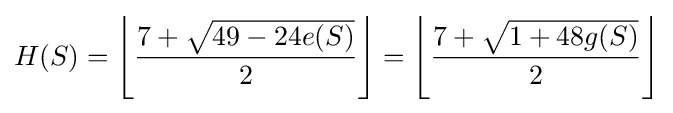
H(S)=\left\lfloor {\frac {7+{\sqrt {49-24e(S)}}}{2}}\right\rfloor =\left\lfloor {\frac {7+{\sqrt {1+48g(S)}}}{2}}\right\rfloor